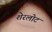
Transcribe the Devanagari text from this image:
शेरलोट